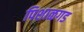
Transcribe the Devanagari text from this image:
पिशाळगड